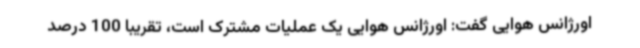
اورژانس هوایی گفت: اورژانس هوایی یک عملیات مشترک است، تقریبا 100 درصد